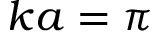
k a = \pi